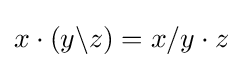
x\cdot (y\backslash z)=x/y\cdot z